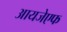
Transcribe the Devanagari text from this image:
आयजेएफ